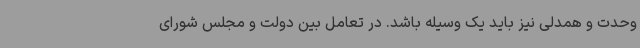
وحدت و همدلی نیز باید یک وسیله باشد. در تعامل بین دولت و مجلس شورای